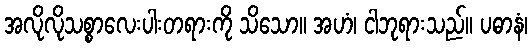
အလိုလိုသစ္စာလေးပါးတရားကို သိသော။ အဟံ၊ ငါဘုရားသည်။ ပဓာနံ၊